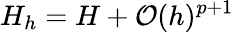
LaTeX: H_{h}=H+\mathcal{O}(h)^{p+1}